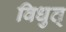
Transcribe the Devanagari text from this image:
विधुत्